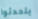
يتحدثوا